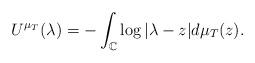
LaTeX: \begin{align*}U^{\mu_T}(\lambda)=-\int_\mathbb{C} \log|\lambda-z|d\mu_T(z).\end{align*}